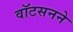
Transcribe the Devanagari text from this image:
वॉटसनने